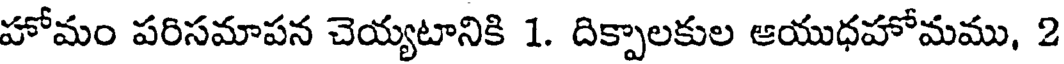
హోమం పరిసమాపన చెయ్యటానికి 1. దిక్పాలకుల ఆయుధహోమము, 2